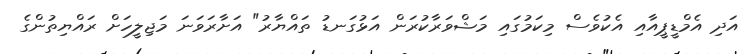
އަދި އެމްޑީޕީއާއި އެކުވެސް މިކަމުގައި މަޝްވަރާކުރަން އަޅުގަނޑު ތައްޔާރު" އަށާރަވަނަ މަޖިލީހަށް ރައްޔިތުންގެެ